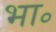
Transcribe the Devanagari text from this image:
भा॰